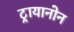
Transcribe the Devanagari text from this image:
ट्रायानोन